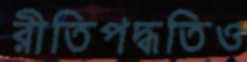
রীতিপদ্ধতিও